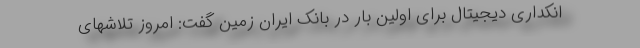
انکداری دیجیتال برای اولین بار در بانک ایران زمین گفت: امروز تلاشهای